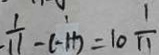
\frac { 1 } { 1 1 } - ( - 1 1 ) = 1 0 \frac { 1 } { 1 1 }